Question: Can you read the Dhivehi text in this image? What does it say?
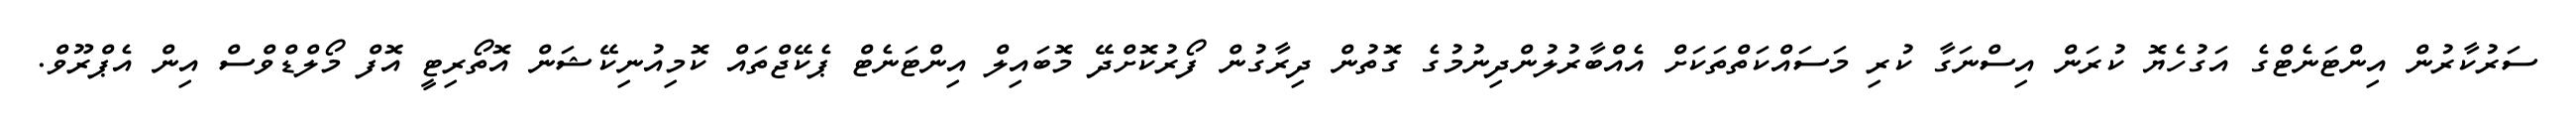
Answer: ސަރުކާރުން އިންޓަނެޓްގެ އަގުހެޔޮ ކުރަން އިސްނަގާ ކުރި މަސައްކަތްތަކަށް އެއްބާރުލުންދިނުމުގެ ގޮތުން ދިރާގުން ފޯރުކޮށްދޭ މޮބައިލް އިންޓަނެޓް ޕެކޭޖްތައް ކޮމިއުނިކޭޝަން އޮތޯރިޓީ އޮފް މޯލްޑްވްސް އިން އެޕްރޫވް.